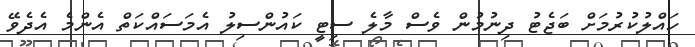
ހައްލުކުރުމަށް ބަޖެޓު ދިނުމުން ވެސް މާލެ ސިޓީ ކައުންސިލު އެމަސައްކަތް އެންމެ އެދެވޭ